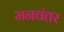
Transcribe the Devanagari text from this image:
मनवंतर